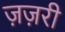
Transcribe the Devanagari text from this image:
ज़ज़री